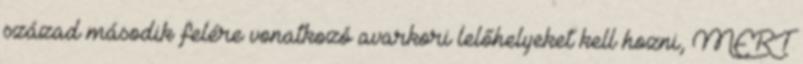
század második felére vonatkozó avarkori lelőhelyeket kell hozni, MERT